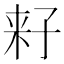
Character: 𱙻